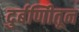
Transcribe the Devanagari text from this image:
दुर्बणिीतून